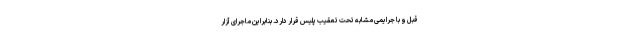
قبل و با جرایمی مشابه تحت تعقیب پلیس قرار دارد. بنابراین ماجرای آزار